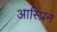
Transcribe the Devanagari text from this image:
आस्प्रिन